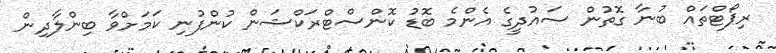
ރިޕޯޓްތައް ބުނާ ގޮތުން ސައުދީގެ އެންމެ ބޮޑު ކޮންސްޓްރަކްޝަން ކުންފުނި ކަމަށްވާ ބިންލާދިން